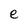
Character: e